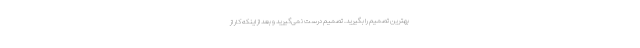
بهترین تصمیم را بگیرید. تصمیم درست نمی‌گیرید و بعد از اینکه کار از